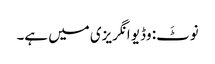
نوٹَ: وڈیو انگریزی میں ہے۔